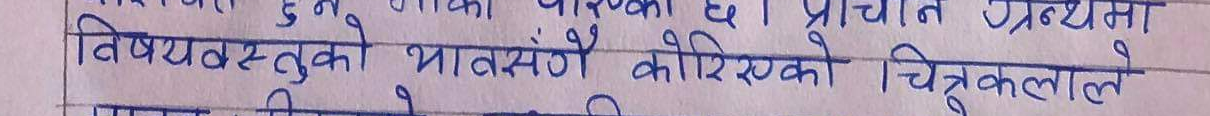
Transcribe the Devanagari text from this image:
विषयवस्तुको भावसँगै कोरिएको चित्रकलाले